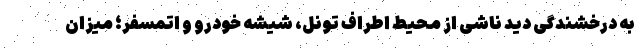
به درخشندگی دید ناشی از محیط اطراف تونل، شیشه خودرو و اتمسفر؛ میزان